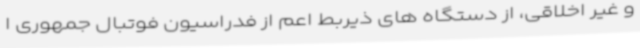
و غیر اخلاقی، از دستگاه های ذیربط اعم از فدراسیون فوتبال جمهوری ا